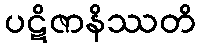
ပဋိဇာနိဿတိ